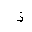
Letter: _thal